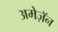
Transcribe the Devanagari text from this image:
अमेज़ॅन